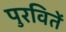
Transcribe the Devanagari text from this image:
पुरवितें